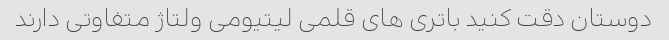
دوستان دقت کنید باتری های قلمی لیتیومی ولتاژ متفاوتی دارند